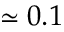
\simeq 0 . 1